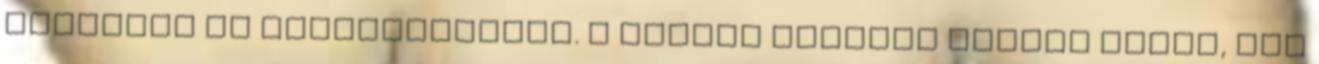
listaíró és teagyűjtögető. A munkám könyvek között telik, van